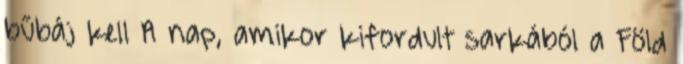
bűbáj kell A nap, amikor kifordult sarkából a Föld